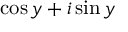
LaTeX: \cos y + i \sin y